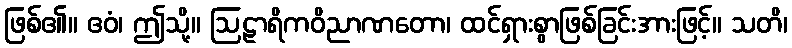
ဖြစ်၏။ ဧဝံ၊ ဤသို့။ ဩဠာရိကဝိညာဏတော၊ ထင်ရှားစွာဖြစ်ခြင်းအားဖြင့်။ သတိ၊